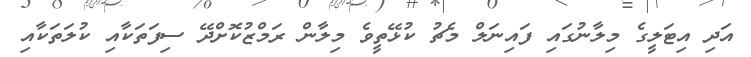
އަދި އިޓަލީގެ މިލާނުގައި ފައިނަލް މެޗު ކުޅޭތީވެ މިލާން ރަމްޒުކޮށްދޭ ސިފަތަކާއި ކުލަތަކާއި